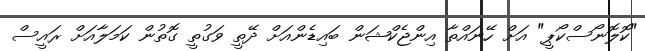
"ކޮލޮނޯސްކޯޕީ" އަށް ހޭނައްތާ އިންޖެކްޝަން ބައިޑެންއަށް ދޭތީ ވަގުތީ ގޮތުން ކަމަލާއަށް ރައީސް